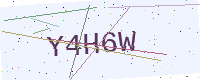
Text: Y4H6W